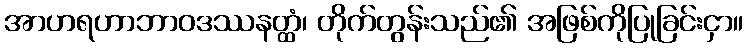
အာဟရဟာဘာဝဒဿနတ္ထံ၊ တိုက်တွန်းသည်၏ အဖြစ်ကိုပြုခြင်းငှာ။